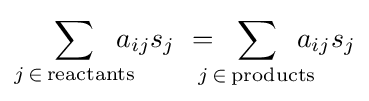
\sum _{j\,\in \,{\text{reactants}}}\!\!\!\!\!a_{ij}s_{j}\ =\!\!\!\!\!\sum _{j\,\in \,{\text{products}}}\!\!\!\!\!a_{ij}s_{j}